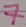
Text: 7